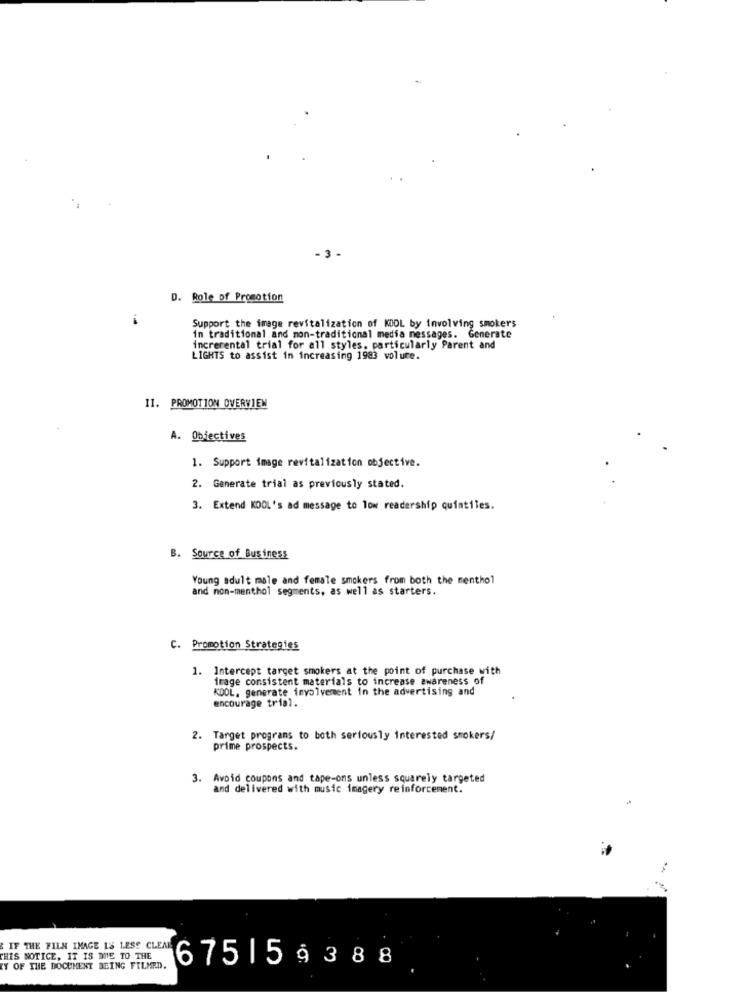
-3 -
D. Role of Promotion
Support the image revitalization of KOOL by involving smokers
in traditional and non-traditional media messages. Generate
increrental trial for all styles, particularly Parent and
LIGHTS to assist in increasing 1983 volure.
II. PROMOTION OVERVIEW
A. Objectives
1. Support image revitalization objective.
2. Generate trial as previously stated.
3. Extend KOOL's ad message to low readership quintiles.
B. Source of Business
Young adult male and female smokers from both the menthol
and non-menthol segments, as well as starters.
C. Promotion Strategies
1. Intercept target smokers at the point of purchase with
image consistent materials to increase awareness of
KDOL, generate involvement in the advertising and
encourage trial.
2. Target programs to both seriously interested smokers/
prime prospects.
3. Avoid coupons and tape-ons unless squarely targeted
and delivered with music imagery reinforcement.
IF THE FILM IMAGE IS LESS CLEAR
THIS NOTICE, IT IS DUE TO THE
Y OF THE DOCUMENT BEING FILMED.
6751 5 9388